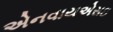
એનવાયએસઇ